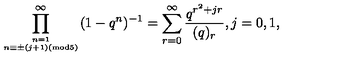
\displaystyle \prod _ { n = 1 \atop n \equiv \pm ( j + 1 ) ( \mathrm { m o d } 5 ) } ^ { \infty } ( 1 - q ^ { n } ) ^ { - 1 } = \displaystyle \sum _ { r = 0 } ^ { \infty } \frac { q ^ { r ^ { 2 } + j r } } { ( q ) _ { r } } , j = 0 , 1 ,